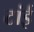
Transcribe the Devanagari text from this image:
टांई